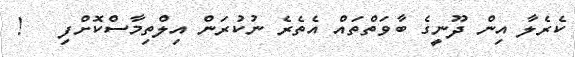
ކެރެލާ އިން ދޫނީގެ ބާވަތްތައް އެތެރެ ނުކުރަން އިލްތިމާސްކޮށްފި   !